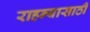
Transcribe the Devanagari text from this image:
राहन्यासाठी